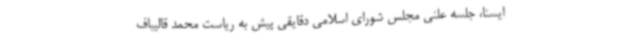
ایسنا، جلسه علنی مجلس شورای اسلامی دقایقی پیش به ریاست محمد قالیباف